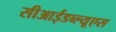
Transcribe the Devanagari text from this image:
सीआईडब्‍ल्‍यूएस